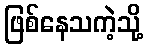
ဖြစ်နေသကဲ့သို့